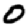
Digit: 0